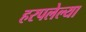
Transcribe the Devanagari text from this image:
हरपलेल्या